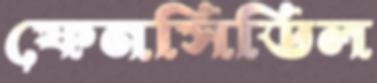
ফেনসিডিল